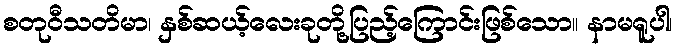
စတုဝီသတိမာ၊ နှစ်ဆယ့်လေးခုတို့ပြည့်ကြောင်းဖြစ်သော။ နာမရူပါ၊